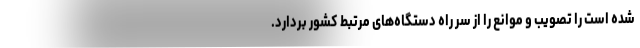
شده است را تصویب و موانع را از سر راه دستگاه‌های مرتبط کشور بردارد.